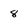
Character: 8